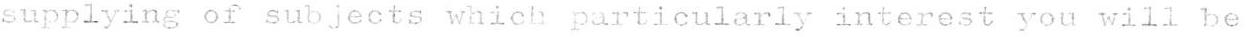
supplying of subjects which particularly interest you will be